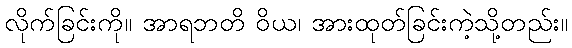
လိုက်ခြင်းကို။ အာရဘတိ ဝိယ၊ အားထုတ်ခြင်းကဲ့သို့တည်း။